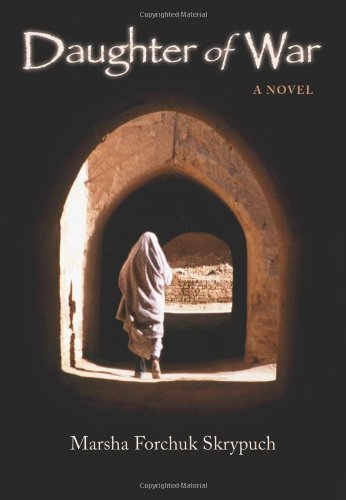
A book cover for Daughter of War; Marsha Forchuk Skrypuch; Teen & Young Adult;